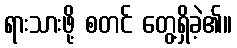
ရားသားဖို့ စတင် တွေ့ရှိခဲ့၏။